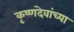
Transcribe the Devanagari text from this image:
कृष्णदेवांच्या